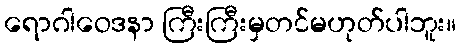
ရောဂါဝေဒနာ ကြီးကြီးမှတင်မဟုတ်ပါဘူး။